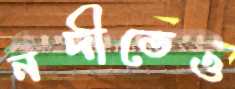
নদীতেও